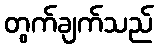
တွက်ချက်သည်